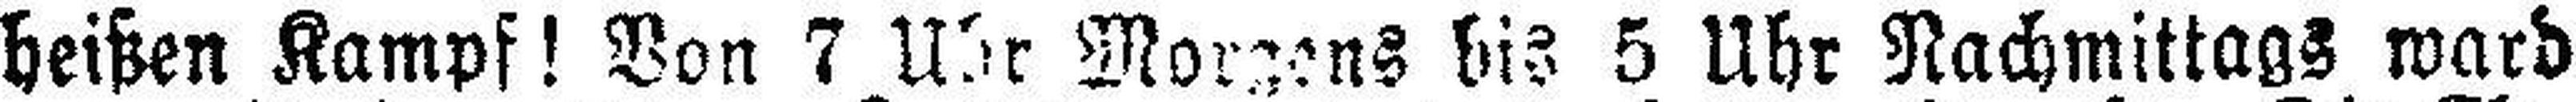
heißen Kampf! Von 7 Uhr Morgens bis 5 Uhr Nachmittags ward